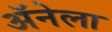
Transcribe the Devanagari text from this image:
अॅनेला